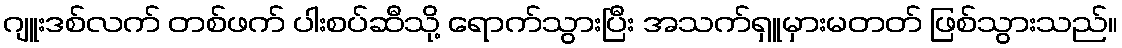
ဂျူးဒစ်လက် တစ်ဖက် ပါးစပ်ဆီသို့ ရောက်သွားပြီး အသက်ရှူမှားမတတ် ဖြစ်သွားသည်။